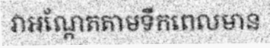
វាអណ្តែតតាមទឹកពេលមាន